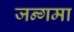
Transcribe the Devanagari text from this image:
जन्गमा